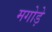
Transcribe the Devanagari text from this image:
मगोड़े